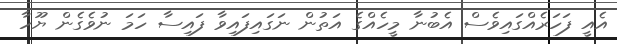
އެއީ ފަހަރެއްގައިވެސް އެބުނާ މީހެއްގެ އަތުން ނަގައިފައިވާ ފައިސާ ހަމަ ނުވެގެން ޔޫހާ